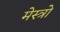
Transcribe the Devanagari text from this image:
मेस्त्रो